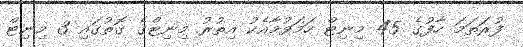
ފުރަތަމަ ހާފުގެ 45 މިނިޓް ހަމަވުމާއެކު އިތުރު މިނިޓްގެ ގޮތުގައި 3 މިނިޓް